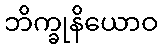
ဘိက္ခုနိယောဝ